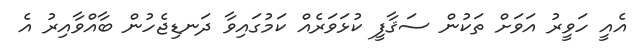
އެއީ ހަވީރު އަވަށް ތަކުން ސަޤާފީ ކުޅަވަރެއް ކަމުގައިވާ ދަނޑިޖެހުން ބާއްވާއިރު އެ